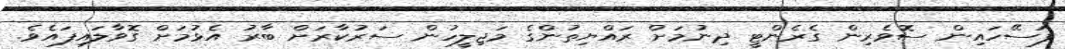
ފަސޭހައިން ސޮވެރިން ގެރެންޓީ ދިނުމަށް ރައްޔިތުންގެ މަޖިލީހުން ސަރުކާރަށް ބާރު އެޅުމަށް ގޮވާލައިފައެވެ.